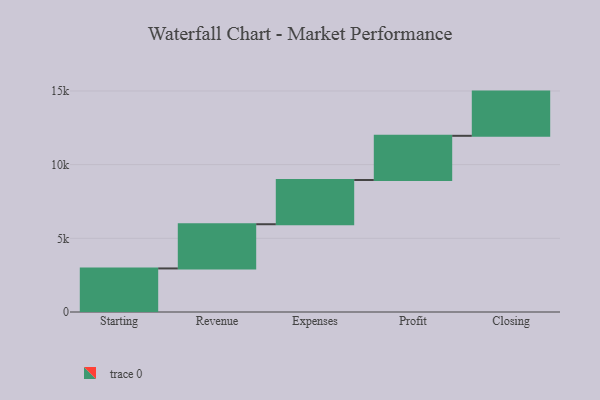
{"axis": {"x": "Step", "y": "Value"}, "legend": [""], "data": [{"x": "Starting", "y": 2956.0, "type": ""}, {"x": "Revenue", "y": 3000, "type": ""}, {"x": "Expenses", "y": 3000, "type": ""}, {"x": "Profit", "y": 3000, "type": ""}, {"x": "Closing", "y": 3000, "type": ""}]}